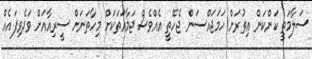
ސަލާމަތީ ކަންކަން އިތުރަށް ހަމަޖައްސަން ޖެހޭތީ އެއްވެސް ޖަމާއަތަކަށް މިހާތަނަށް ސީރިއާއަށް ވަދެވިފައެއް